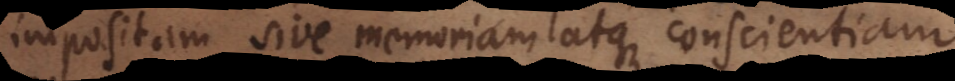
impositam sive memoriam atque conscientiam